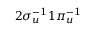
2 \sigma _ { u } ^ { - 1 } 1 \pi _ { u } ^ { - 1 }